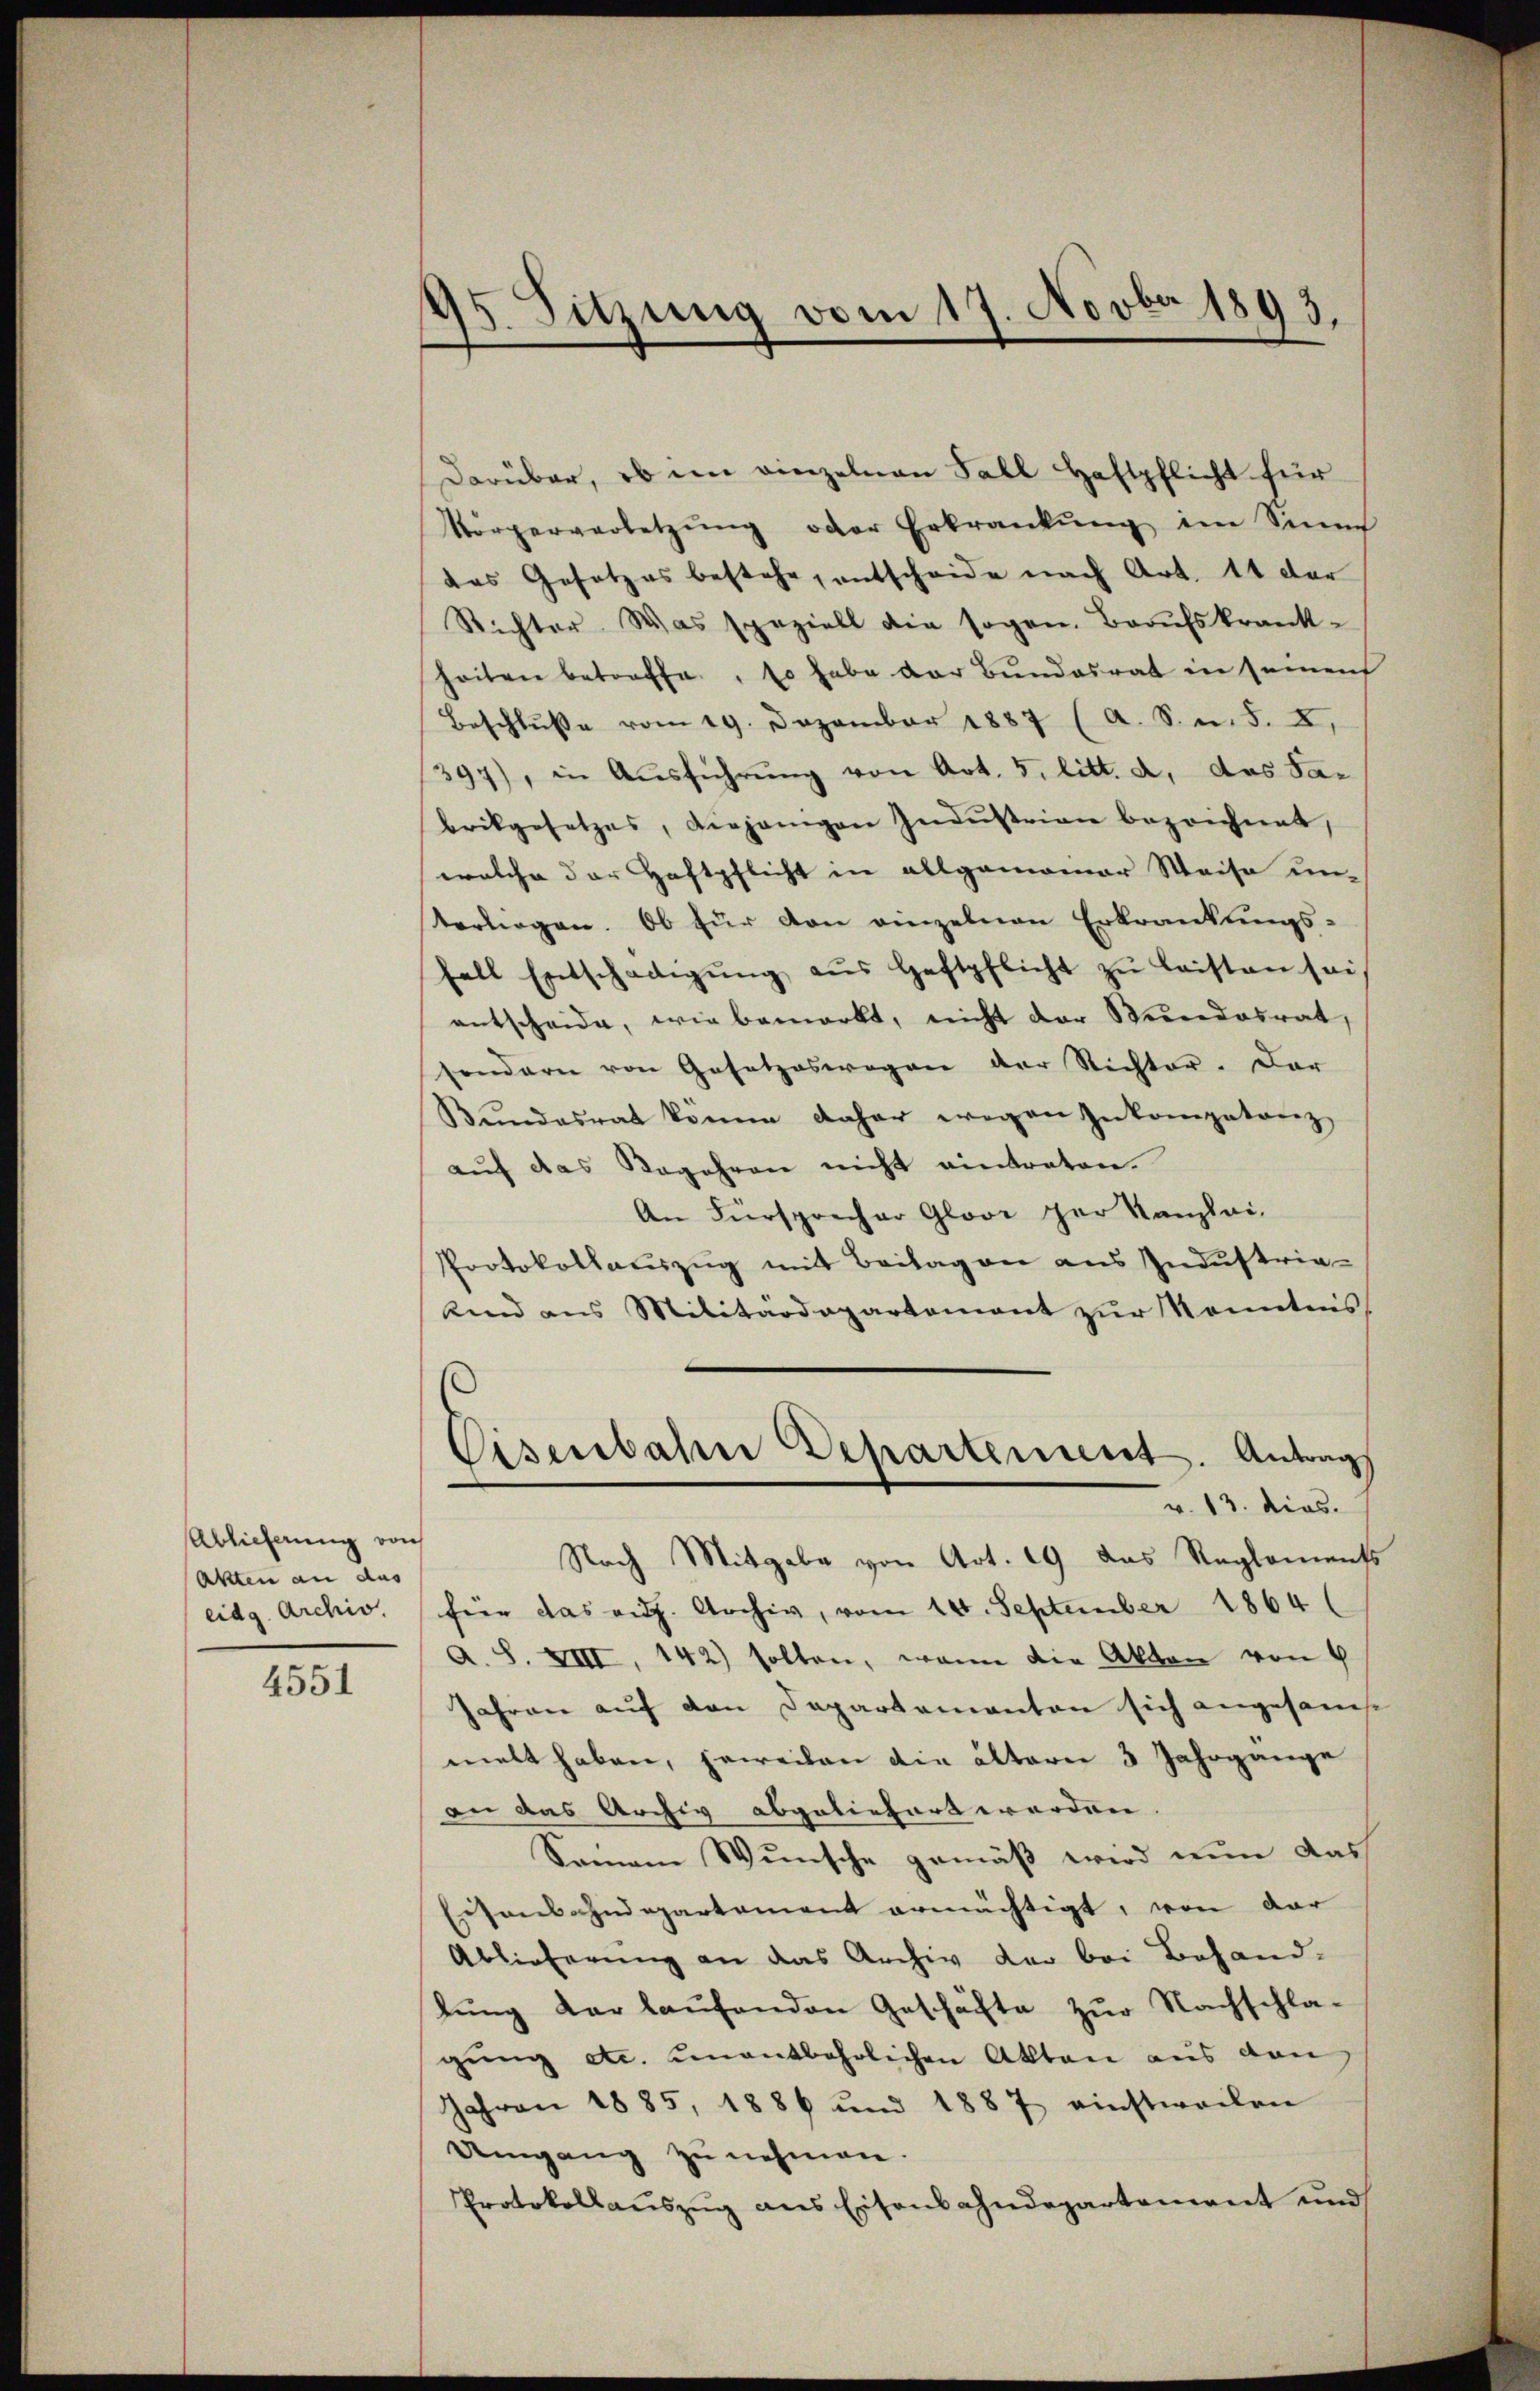
Ablieferung von
Akten an das
eidg. Archiv.

4551

15. Sitzung vom 17. Novbr 1893.

Darüber, ob im einzelnen Fall Haftpflicht für
Körperverletzŭng oder Erkrankŭng im Sinne
das Gesetzes bestehe, entscheide nach Art. 14 der
Richter. Was speziell die sogen. Berufskrank-
heiten betreffe, so habe der Bundesrat in seinen
Beschluße vom 19. Dezember 1887 (A. S. m. S. X.
397), in Ausführung von Art. 5. litt. a, das Sabrikgesetzes, diejenigen Industrien bezeichnet,
welche der Haftpflicht in allgemeiner Weise un-
terliegen. Ob für von einzelnen Erkrankungs-
fall Entschädigŭng aŭs Haftpflicht zŭ leisten sei
entscheide, wie bemerkt, nicht der Stundesrat
sondern von Gesetzeswegen der Richter. Dar
Bŭndesrat könne daher wegen Inkompetanz
aŭf das Begehren nicht eintraten.
An Fürsprecher Gloor per Kanzlei-
Protokollauszug mit Beilagen aus Industria-
kind ans Militärdepartement zŭr Kenntnis
Eisenbahn Departement. Antrag
v. 13. dies.
Nach Mitgabe von Art. 19 das Reglements
für das auf. Archiv, vom 14. September 1864
A. S. XIII, 142) solten, wenn die Akten von 4
Jahren auf den Departamanten sich angesamt
melt haben, jeweilen die ältern 3 Jahrgange
an das Archiv abgeliefert werden.
Seinem Wunsche gemäß wird nun das
Eisenbahndepartement ermächtigt, von dar
Ablieferung an das Archiv der bei Behand-
lŭng der laŭfenden Geschäfte zur Nachschla-
gŭng etc. unentbehrlichen Akten aus den
Jahren 1885, 1886 und 1887 einstweilen
Umgang zu nehmen.
Protokollaŭszŭg ans Eisenbahndepartement und